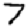
Digit: 7